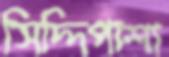
সিদ্দিপাশা